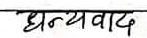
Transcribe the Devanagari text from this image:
धन्यवाद